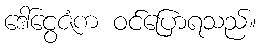
ဒေါ်ငွေဇံက ဝင်ပြောရသည်။